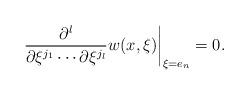
LaTeX: \begin{align*}\left.\frac{\partial^{l}}{\partial\xi^{j_1}\cdots \partial\xi^{j_{l}}}w(x,\xi)\right|_{\xi =e_n} = 0.\end{align*}